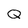
Character: Q